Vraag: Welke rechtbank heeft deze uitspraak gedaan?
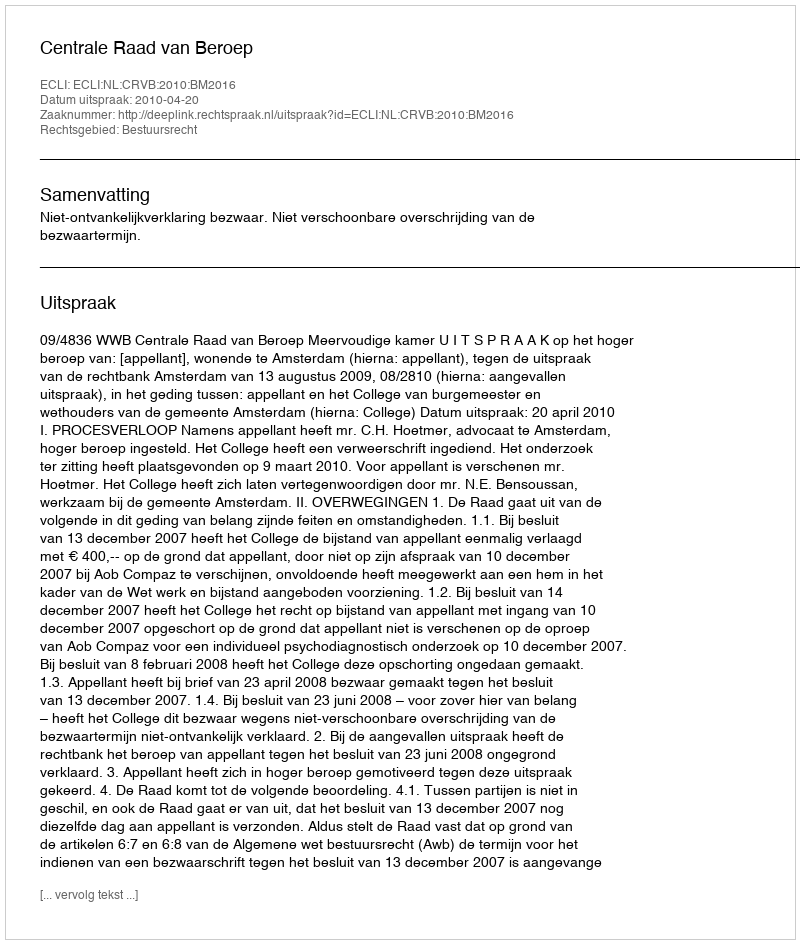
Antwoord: Centrale Raad van Beroep